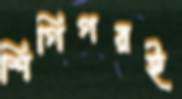
শিগিগরই